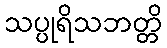
သပ္ပုရိသဘတ္တိ